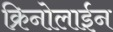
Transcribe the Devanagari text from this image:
क्रिनोलाईन